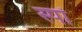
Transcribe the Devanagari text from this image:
स्पॉ